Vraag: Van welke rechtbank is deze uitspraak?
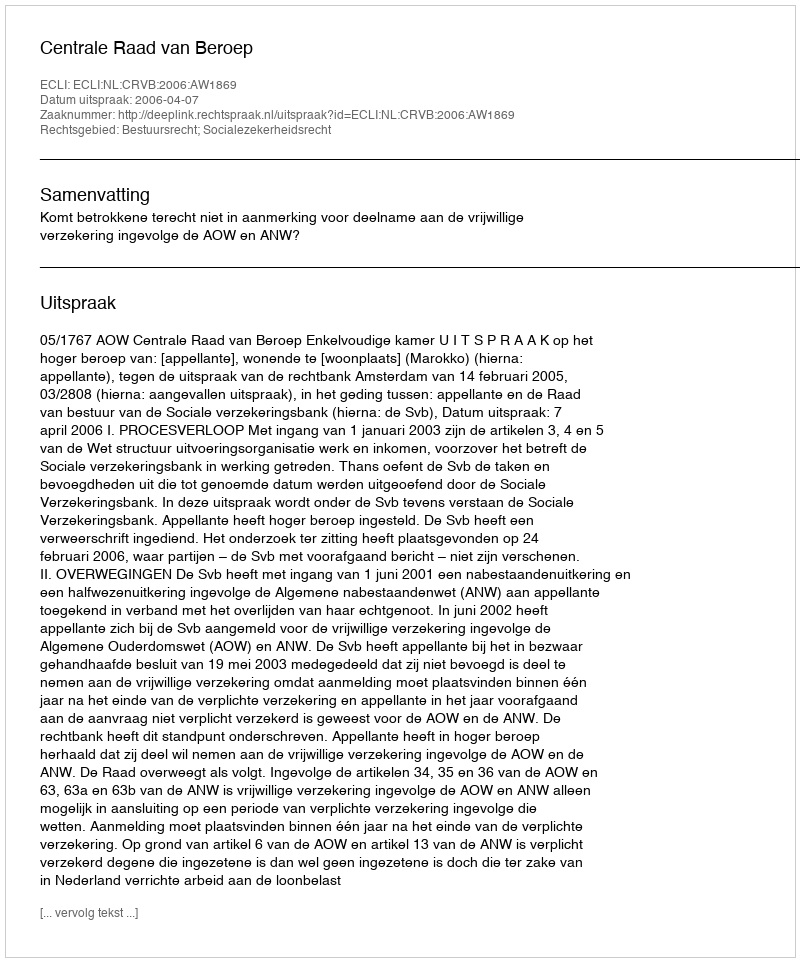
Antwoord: Centrale Raad van Beroep